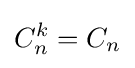
C_{n}^{k}=C_{n}